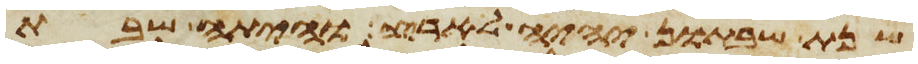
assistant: שנת שבתון יהיה לארץ והיתה שבת